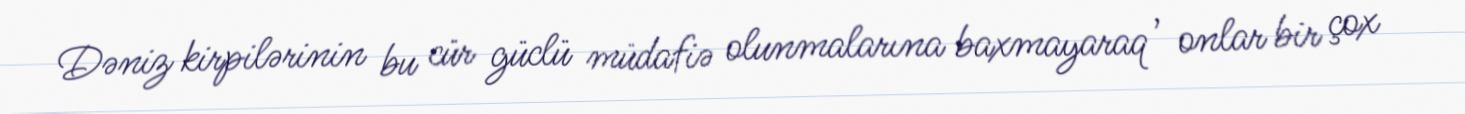
Dəniz kirpilərinin bu cür güclü müdafiə olunmalarına baxmayaraq , onlar bir çox